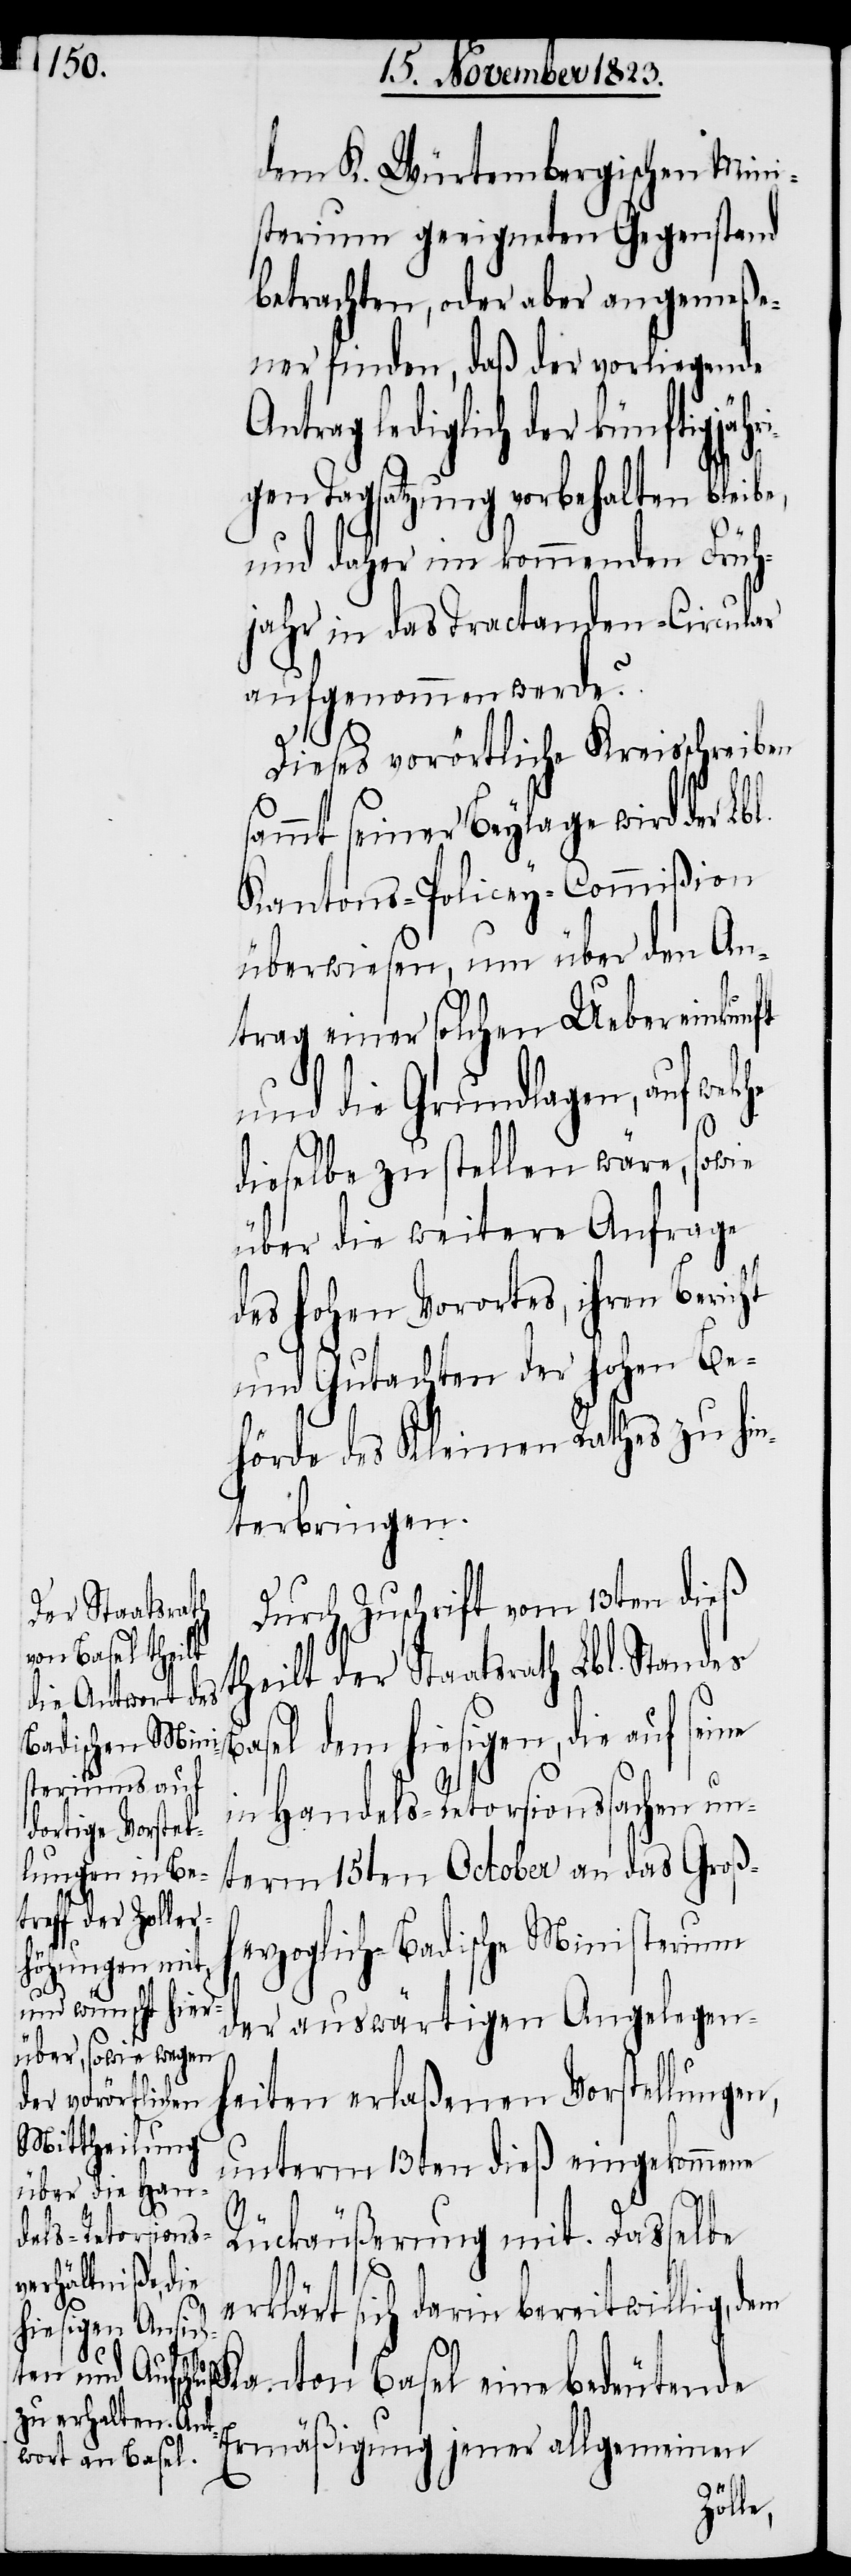
der Staatsrath
he
l.

dem K. Würtembergischen Mini¬
sterium geeigneten Gegenstand
betrachten, oder aber angemeße¬
ner finden, daß der vorliegende
Antrag lediglich der künftigjähr¬
igen Tagsatzung vorbehalten bleibe,
und daher im kommenden Früh¬
jahr in das Tractanden-Circular
aufgenommen werde?
ht
Dieses vorörtliche Kreisschreiben
ammt seiner Beylage wird der Lb¬
Kantons-Policey-Commißion
überwiesen, um über den An¬
trag einer solchen Uebereinkunft
und die Grundlagen, auf welc¬
dieselbe zu stellen wäre, sowie
über die weitere Anfrage
des hohen Vorortes, ihren Beric¬
und Gutachten der hohen Be¬
hörde des Kleinen Rathes zu hin¬
terbringen.
Durch Zuschrift vom 13ten dieß
Basel dem hiesigen, die auf seine
in Handels-Retorsionssachen un¬
term 15ten October an das Groß¬
herzoglich-Badische Ministerium
der auswärtigen Angelegen¬
heiten erlaßenen Vorstellungen,
unterm 13ten dieß eingekommene
Rückäußerung mit. Dasselbe
erklärt sich darin bereitwillig, dem
Kanton Basel eine bedeutende
Ermäßigung jener allgemeinen